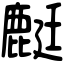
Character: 𪊶